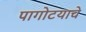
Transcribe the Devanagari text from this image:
पागोटयाचे